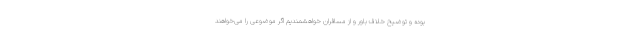
بوده و توضیح خلاف باور و از مسافران خواهشمندیم اگر موضوعی را می‌خواهند